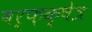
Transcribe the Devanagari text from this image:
बर्फ़क्षेत्र